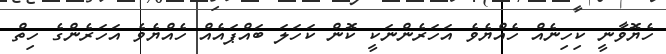
ހެޔޮވާނީ ކިހިނެއް ހެއްޔެވެ އަހަރެންނަކީ ކޮން ކަހަލަ ބައްޕައެއް ހެއްޔެވެ އަހަރެންގެ ހިތް